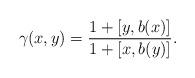
LaTeX: \begin{align*} \gamma(x,y) = \frac{1+[y,b(x)]}{1+[x,b(y)]}.\end{align*}